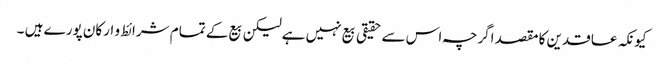
کیونکہ عاقدین کا مقصد اگرچہ اس سے حقیقی بیع نہیں ہےلیکن بیع کے تمام شرائط و ارکان پورے ہیں ۔